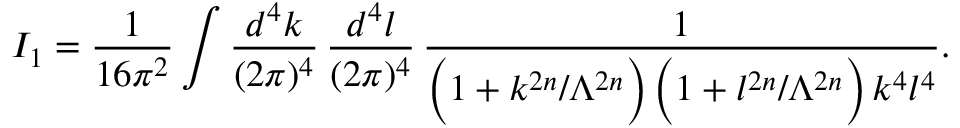
I _ { 1 } = \frac { 1 } { 1 6 \pi ^ { 2 } } \int \frac { d ^ { 4 } k } { ( 2 \pi ) ^ { 4 } } \, \frac { d ^ { 4 } l } { ( 2 \pi ) ^ { 4 } } \, \frac { 1 } { \Big ( 1 + k ^ { 2 n } / \Lambda ^ { 2 n } \Big ) \, \Big ( 1 + l ^ { 2 n } / \Lambda ^ { 2 n } \Big ) \, k ^ { 4 } l ^ { 4 } } .